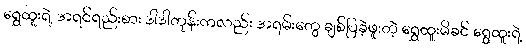
ရွှေထူးရဲ့ အရင်ရည်းစား ဒါဒါတုန်းကလည်း အရမ်းတွေ ချစ်ပြခဲ့ဖူးတဲ့ ရွှေထူးမိခင် ရွှေထူးရဲ့